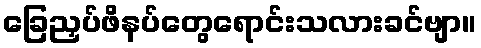
ခြေညှပ်ဖိနပ်တွေရောင်းသလားခင်ဗျာ။